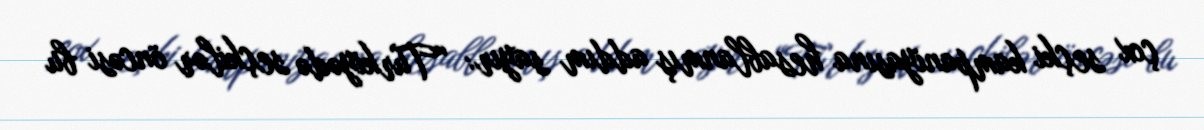
çox seçki kampaniyasına hesablanmış addım sayır: “Türkiyədə seçkilər öncəsi bu